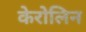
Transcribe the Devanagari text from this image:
केरोलिन